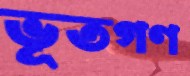
ভূতগণ